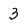
Character: 3